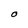
Character: O